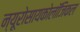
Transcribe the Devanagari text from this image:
न्यूरोसायकोलॉजिकल